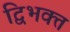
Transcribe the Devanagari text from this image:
द्विभक्त